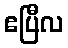
ဧပြီလ